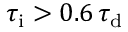
\tau _ { \mathrm { i } } > 0 . 6 \, \tau _ { \mathrm { d } }